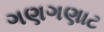
ગણગણાટ